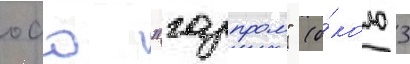
оао "газпром" (о́коло 3